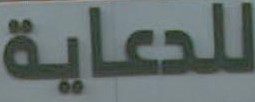
للدعاية